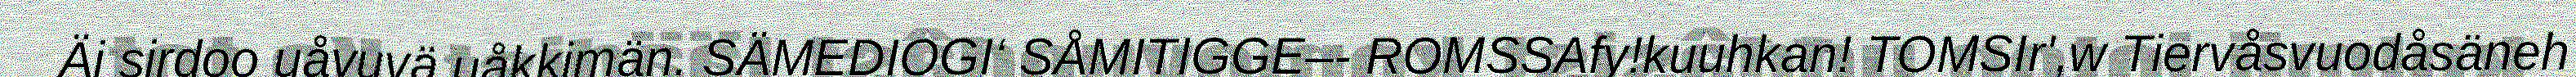
Äi sirdoo uåvuvä uåkkimän. SÄMEDIOGI‘ SÅMITIGGE–- ROMSSAfy!kuuhkan! TOMSIr',w Tiervåsvuodåsäneh